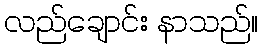
လည်ချောင်း နာသည်။